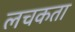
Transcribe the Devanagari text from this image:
लचकता